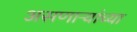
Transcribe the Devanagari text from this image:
असणाऱ्यांच्या